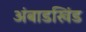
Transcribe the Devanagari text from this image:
अंबाडखिंड